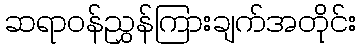
ဆရာဝန်ညွှန်ကြားချက်အတိုင်း